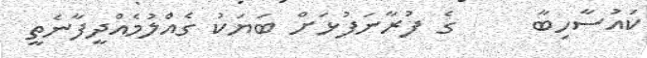
ކައުސާހިބާ     ގެ ފުރާނަފުޅަށް ބަޔަކު ގެއްލުމެއްދީފާނެތީ